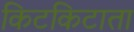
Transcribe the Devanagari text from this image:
किटकिटाता